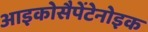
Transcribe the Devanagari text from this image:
आइकोसैपेंटेनोइक